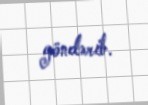
göndərib.